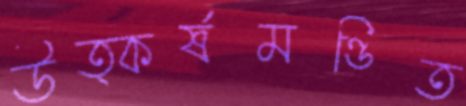
উত্কর্ষমণ্ডিত